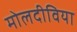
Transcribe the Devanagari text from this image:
मोलदीविया